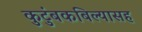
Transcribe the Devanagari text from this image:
कुटुंबकबिल्यासह